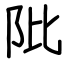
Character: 阰